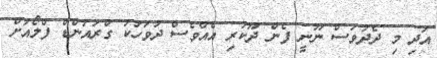
އަދި މި ދެދުވަސް ނޫނީ ފެން ދޫކުރި އެއްވެސް ދުވަހަކު ގްރައުންޑް ފްލޯއަށް